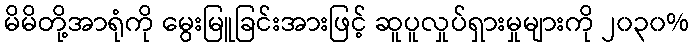
မိမိတို့အာရုံကို မွေးမြူခြင်းအားဖြင့် ဆူပူလှုပ်ရှားမှုများကို ၂၀၃၀%